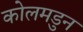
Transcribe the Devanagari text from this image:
कोलमडुन